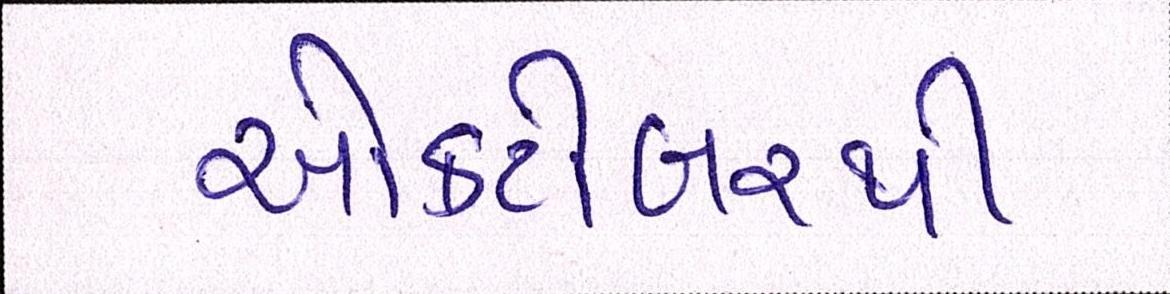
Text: ઓક્ટોબરથી